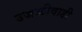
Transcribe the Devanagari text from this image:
उजळीवाडी